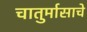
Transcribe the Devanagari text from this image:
चातुर्मासाचे